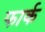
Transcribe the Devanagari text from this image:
फार्क